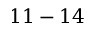
1 1 - 1 4